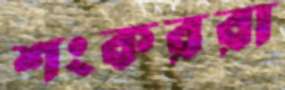
শংকররা